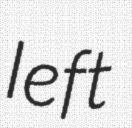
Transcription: left